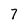
Character: 7